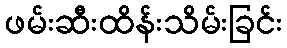
ဖမ်းဆီးထိန်းသိမ်းခြင်း